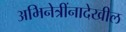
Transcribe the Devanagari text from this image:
अभिनेत्रींनादेखील